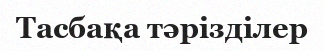
Тасбақа тәрізділер